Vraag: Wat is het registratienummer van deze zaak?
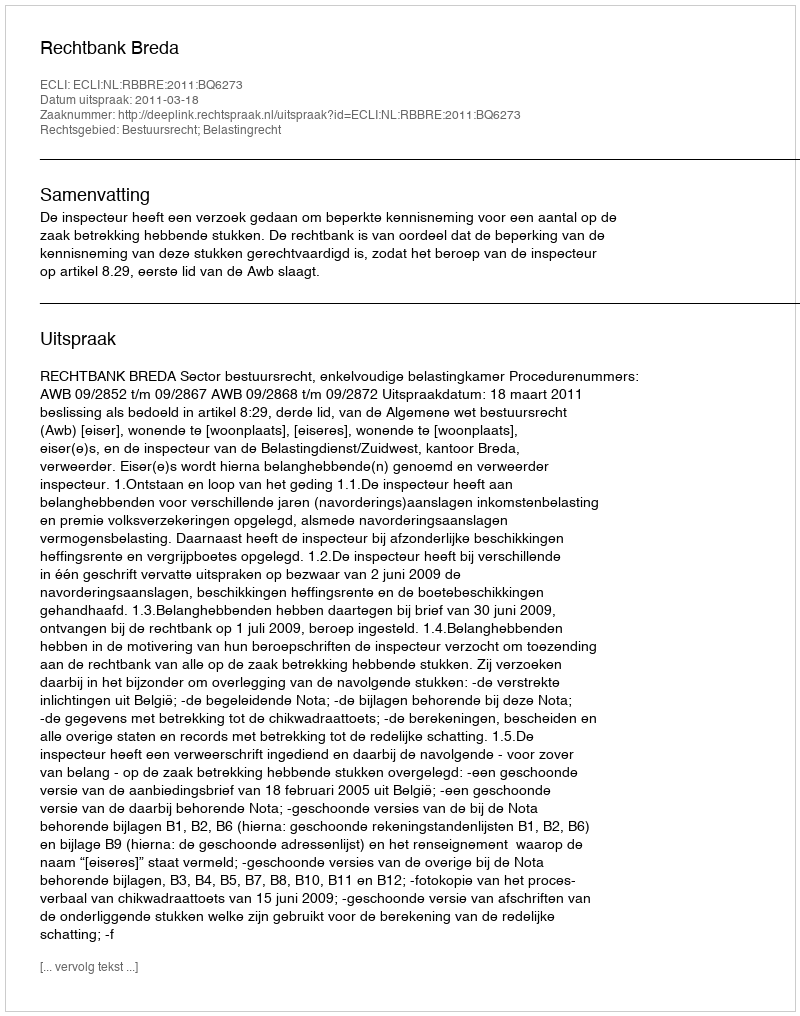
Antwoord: http://deeplink.rechtspraak.nl/uitspraak?id=ECLI:NL:RBBRE:2011:BQ6273